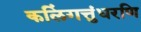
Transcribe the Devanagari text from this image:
कलिंगत्तुंधरणि